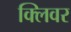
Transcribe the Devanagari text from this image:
क्लिवर